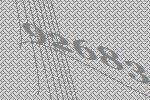
92683